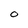
Character: O